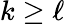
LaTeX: k\ge\ell